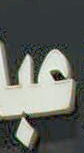
عبد